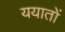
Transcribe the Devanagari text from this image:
ययातों